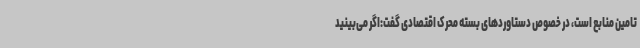
تامین منابع است، در خصوص دستاوردهای بسته محرک اقتصادی گفت:اگر می‌بینید